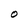
Character: 0